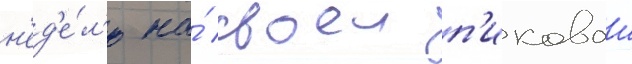
н'ед'е́л'ю на́ своеи п'иковои